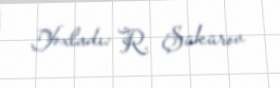
Yoxladı: R. Şükürov